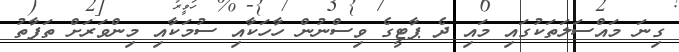
ގިނަ މައްސަލަތަކުގައި މައި ދެ ޕާޓީގެ ވިސްނުން ހާހަކާއި ސުމަކާއި މިންވަރަށް ތަފާތު